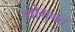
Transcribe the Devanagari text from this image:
शोगुनत